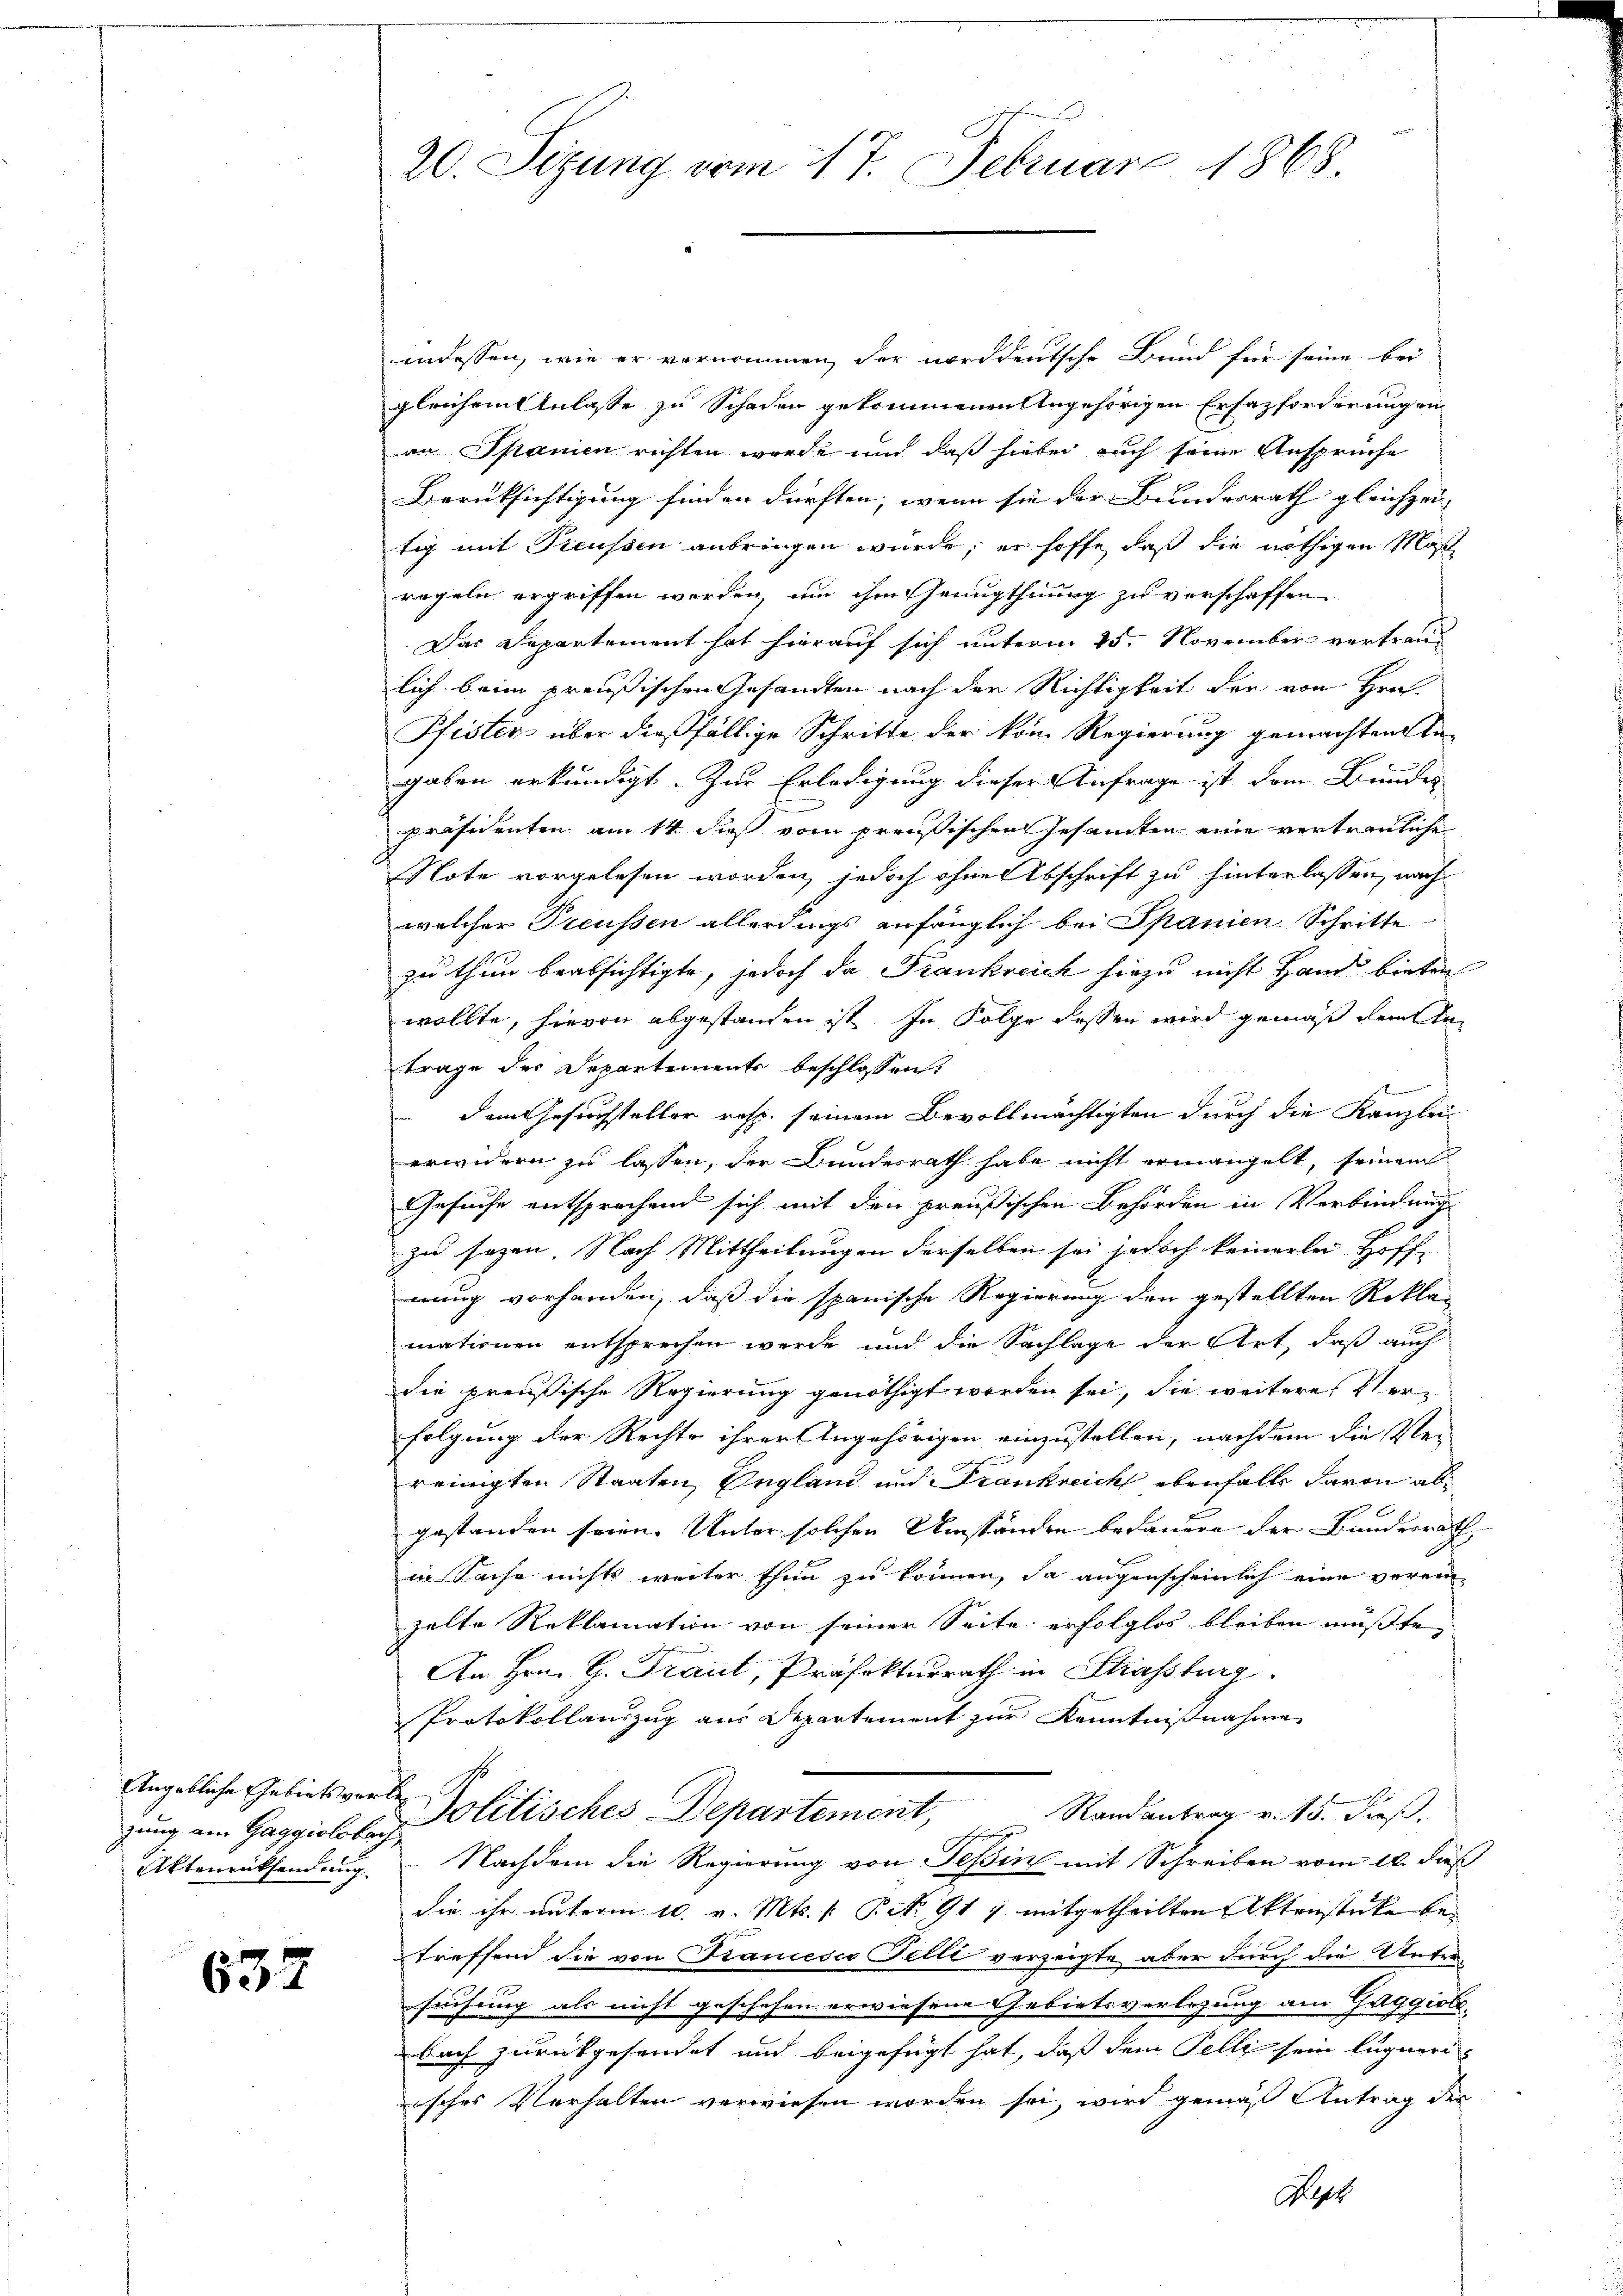
gung am Gaggiolibach

632

20. Sizung vom 17. Februar 1868.

indessen, wie er vernommen, der norddeutsche Bund für seine bei
gleichem Anlasse zu Schaden gekommenen Angehörigen Ersazforderungen
on Spanien richten wurde und daß hiebei auch seine Ansprüche
Berüksichtigung finden dürften, wenn sie der Bundesrath gleichzei- |
tig mit Preussen anbringen würde; er hoffe, daß die nöthigen Masche
regeln ergriffen worden, um ihm Genugthuung zu verschaffen
Das Departement hat hierauf sich unterm 25. November vertraulich beim preußischen Gesandten nach der Richtigkeit der von Hrn.
Pfister über dießfällige Schritte der vom Regierung gemachten tagaben erkundigt. Zur Erledigung dieser Anfrage ist dem Bundes
präsidenten am 14. dieß vom preußischen Gesamten eine vertrauliche
Note vorgelesen worden, jedoch ohne Abschrift zu hinterlassen, nach
welcher Preussen allerdings anfänglich bei Spanien Schritte
zu thun beabsichtigte, jedoch da Frankreich hiezu nicht Hand bieten
wollte, hievon abgestanden ist. In Folge dessen wird gemäß demste
trage der Departements beschlossen:
dem Gesuchsteller resp. seinem Bevollmächtigten durch die Kanzlei
erwidern zu lassen, der Bundesrath habe nicht ermangelt, seinem
Gesuche entsprechend sich mit den preußischen Behörden in Verbindung
zu sezen. Nach Mittheilungen derselben sei jedoch keinerlei Hoff-
nung vorhanden, daß die spanische Regierung den gestellten Rekla-
mationen entsprechen werde und die Sachlage der Art, daß auch
die preußische Regierung genöthigt worden sei, die weitere Verfolgung der Rechte ihrer Angehörigen einzustellen, nachdem die Ver
reinigten Staaten, England und Frankreich ebenfalle davon abgestanden seien. Unter solchen Umständen bedauern der Bundesrath,
in Sache nichts weiter thun zu können, da augenscheinlich eine verein-
zelte Reklamation von seiner Seite erfolglos bleiben müsste,
An Hrn. G. Traut, Präfekturrath in Strassburg.
Protokollauszug aus Departement zur Kenntnißnahme
Angebliche Gebiet verle Politisches Departement,
Randantrag v. 15. dieß.
Aktenrücksendung. Nachdem die Regierung von Teßin mit Schreiben vom 16. dieß
die ihr unterm 10. v. Mts. /: P. No 917 mitgetheilten Aktenstücke betreffend die von Francesco Felli verzeigte aber durch die Untersuchung als nicht geschehen erwiesene Gebietsverlegung am Gaggioli
bach zurückgesendet und beigefügt hat, daß dem Pelli sein ligneri
isches Verhalten verwiesen worden sei, wird gemäß Antrag der
Sept